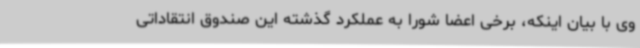
وی با بیان اینکه، برخی اعضا شورا به عملکرد گذشته این صندوق انتقاداتی